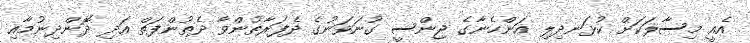
އެއީ މިސާލަކަށް ކުޅަނދިލި އަންހެނާގެ ޖިންސީ ގުނަވަނުގެ ދެފަރާތުންވާ ދެތުންފަތް އަދި ދޮންދިނުމާއި